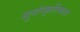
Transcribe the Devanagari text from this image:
सुसंस्कृतिकता